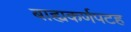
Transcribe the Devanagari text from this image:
बाह्यकर्णपटह